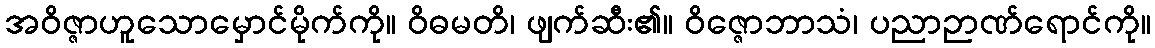
အဝိဇ္ဇာဟူသောမှောင်မိုက်ကို။ ဝိဓမတိ၊ ဖျက်ဆီး၏။ ဝိဇ္ဇောဘာသံ၊ ပညာဉာဏ်ရောင်ကို။